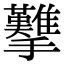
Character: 𢺋